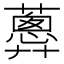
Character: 𧁗